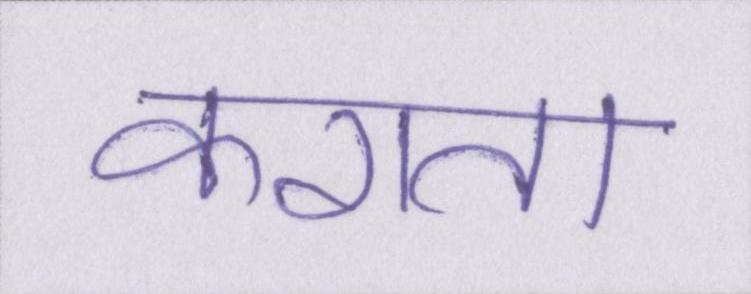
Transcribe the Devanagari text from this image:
कराता